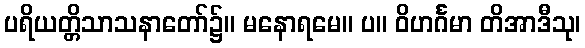
ပရိယတ္တိသာသနာတော်၌။ မနောရမေ။ ပ။ ဝိဟင်္ဂမာ တိအာဒီသု၊